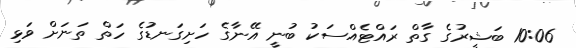
10:06 ބަޝީރުގެ ގާތް ރައްޓެއްސަކު ބުނީ އޭނާގެ ހަށިގަނޑުގެ ހަތް ތަނަށް ވަޅި